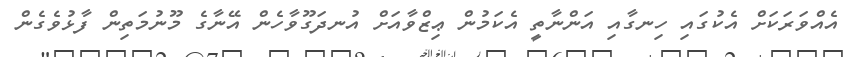
އެއްވަރަކަށް އެކުގައި ހިނގާއި އަންނާތީ އެކަމުން ޢިޒްވާއަށް އުނދަގޫވާހެން އޭނާގެ މޫނުމަތިން ފާޅުވެގެން